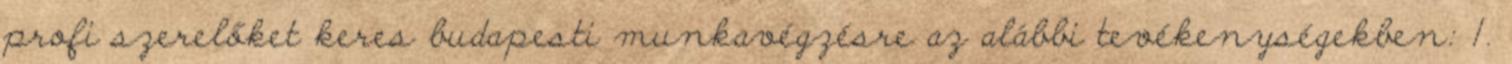
profi szerelőket keres budapesti munkavégzésre az alábbi tevékenységekben: 1.